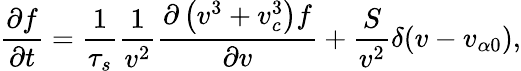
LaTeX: \frac{\partial f}{\partial t}=\frac{1}{\tau_{s}}\frac{1}{v^{2}}\frac{\partial\left(v^{3}+v_{c}^{3}\right)f}{\partial v}+\frac{S}{v^{2}}\delta(v-v_{\alpha 0}),